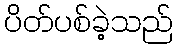
ပိတ်ပစ်ခဲ့သည်